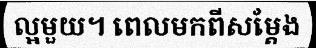
ល្អមួយ។ ពេលមកពីសម្តែង